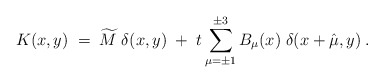
\begin{align*}K(x,y) \; = \; \widetilde{M} \; \delta(x,y) \; + \; t \sum_{\mu = \pm 1}^{\pm 3}B_\mu(x) \; \delta(x + \hat{\mu}, y) \; .\end{align*}